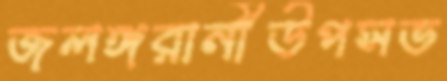
জলঙ্গরানীউপসভ